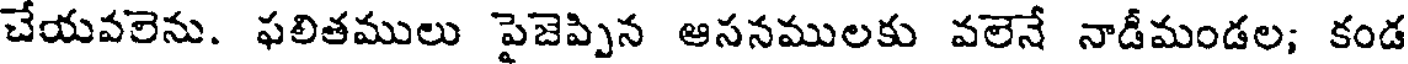
చేయవలెను. ఫలితములు పైజెప్పిన ఆసనములకు వలెనే నాడీమండల; కండ